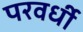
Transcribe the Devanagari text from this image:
परवर्धी